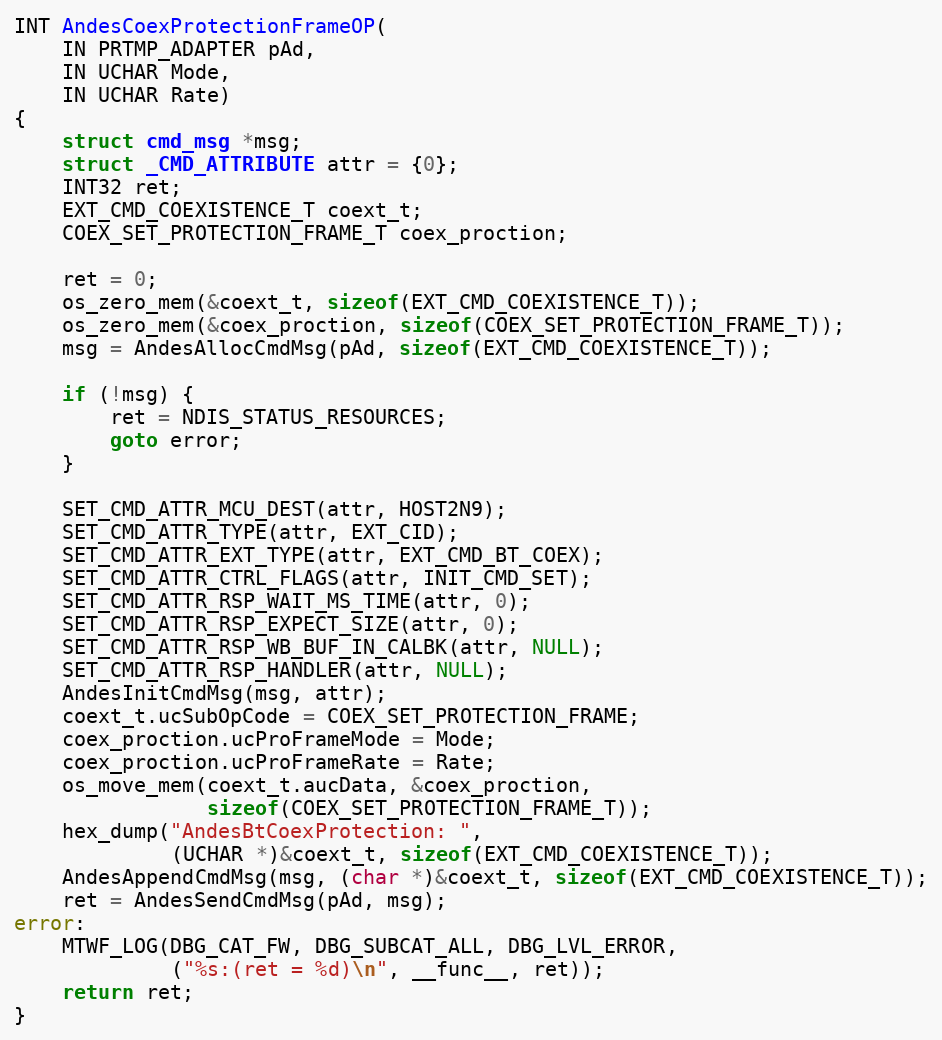
Language: C
INT AndesCoexProtectionFrameOP(
	IN PRTMP_ADAPTER pAd,
	IN UCHAR Mode,
	IN UCHAR Rate)
{
	struct cmd_msg *msg;
	struct _CMD_ATTRIBUTE attr = {0};
	INT32 ret;
	EXT_CMD_COEXISTENCE_T coext_t;
	COEX_SET_PROTECTION_FRAME_T coex_proction;

	ret = 0;
	os_zero_mem(&coext_t, sizeof(EXT_CMD_COEXISTENCE_T));
	os_zero_mem(&coex_proction, sizeof(COEX_SET_PROTECTION_FRAME_T));
	msg = AndesAllocCmdMsg(pAd, sizeof(EXT_CMD_COEXISTENCE_T));

	if (!msg) {
		ret = NDIS_STATUS_RESOURCES;
		goto error;
	}

	SET_CMD_ATTR_MCU_DEST(attr, HOST2N9);
	SET_CMD_ATTR_TYPE(attr, EXT_CID);
	SET_CMD_ATTR_EXT_TYPE(attr, EXT_CMD_BT_COEX);
	SET_CMD_ATTR_CTRL_FLAGS(attr, INIT_CMD_SET);
	SET_CMD_ATTR_RSP_WAIT_MS_TIME(attr, 0);
	SET_CMD_ATTR_RSP_EXPECT_SIZE(attr, 0);
	SET_CMD_ATTR_RSP_WB_BUF_IN_CALBK(attr, NULL);
	SET_CMD_ATTR_RSP_HANDLER(attr, NULL);
	AndesInitCmdMsg(msg, attr);
	coext_t.ucSubOpCode = COEX_SET_PROTECTION_FRAME;
	coex_proction.ucProFrameMode = Mode;
	coex_proction.ucProFrameRate = Rate;
	os_move_mem(coext_t.aucData, &coex_proction,
				sizeof(COEX_SET_PROTECTION_FRAME_T));
	hex_dump("AndesBtCoexProtection: ",
			 (UCHAR *)&coext_t, sizeof(EXT_CMD_COEXISTENCE_T));
	AndesAppendCmdMsg(msg, (char *)&coext_t, sizeof(EXT_CMD_COEXISTENCE_T));
	ret = AndesSendCmdMsg(pAd, msg);
error:
	MTWF_LOG(DBG_CAT_FW, DBG_SUBCAT_ALL, DBG_LVL_ERROR,
			 ("%s:(ret = %d)\n", __func__, ret));
	return ret;
}